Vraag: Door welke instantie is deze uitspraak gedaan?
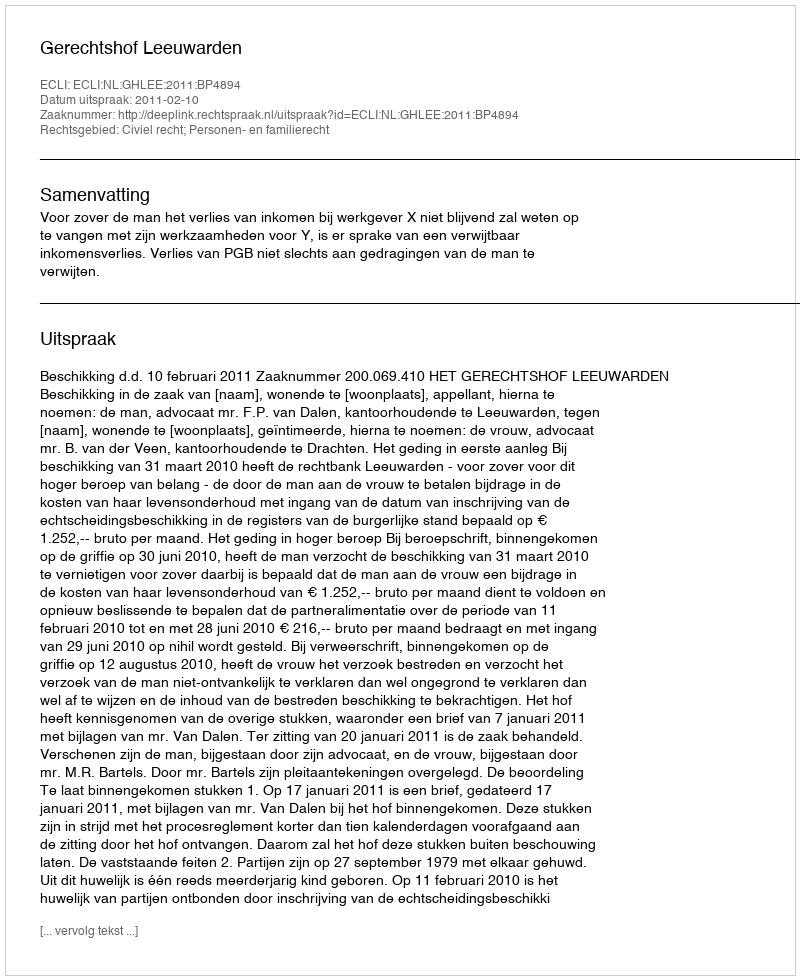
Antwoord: Gerechtshof Leeuwarden